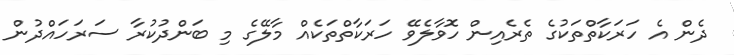
ދެން އެ ހަރަކާތްތަކުގެ ތެރެއިން ހޮވާލެވޭ ހަރަކާތްތަކެއް މާލޭގެ މި ބަންދުކުރާ ސަރަހައްދުން